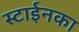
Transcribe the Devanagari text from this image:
स्टाईनका